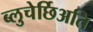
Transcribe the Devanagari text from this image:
ब्लुचेर्छिअति